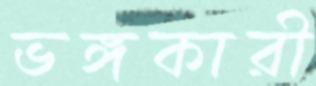
ভঙ্গকারী